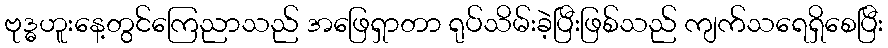
ဗုဒ္ဓဟူးနေ့တွင်ကြေညာသည် အဖြေရှာတာ ရုပ်သိမ်းခဲ့ပြီးဖြစ်သည် ကျက်သရေရှိစေပြီး